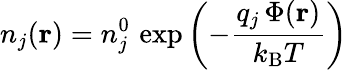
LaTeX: n_{j}(\mathbf{r})=n_{j}^{0}\, \exp\left(-{\frac{q_{j}\, \Phi(\mathbf{r})}{k_{\mathrm{{B}}}T}}\right)